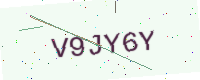
Text: V9JY6Y